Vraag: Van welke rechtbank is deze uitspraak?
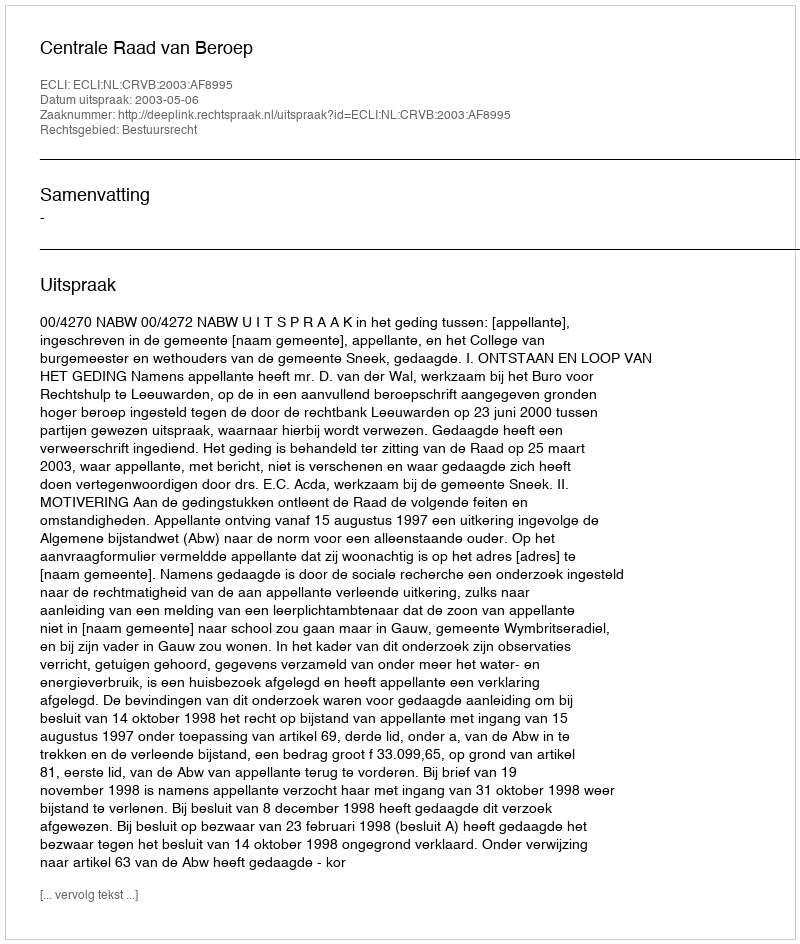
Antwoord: Centrale Raad van Beroep